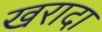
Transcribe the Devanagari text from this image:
खरादा